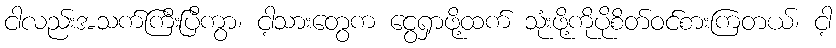
ငါလည်းအသက်ကြီးပြီကွာ၊ ငါ့သားတွေက ငွေရှာဖို့ထက် သုံးဖို့ကိုပိုစိတ်ဝင်စားကြတယ်၊ ငါ့